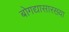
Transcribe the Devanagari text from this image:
बोगद्यासारख्या